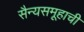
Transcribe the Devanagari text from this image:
सैन्यसमूहाची